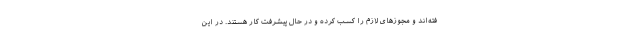
فته‌اند و مجوزهای لازم را کسب کرده و در حال پیشرفت کار هستند. در این